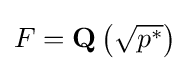
F=\mathbf {Q} \left({\sqrt {p^{*}}}\right)